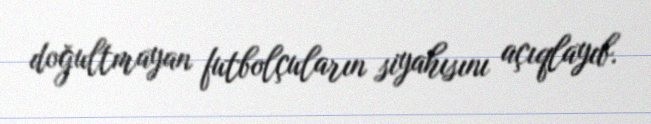
doğultmayan futbolçuların siyahısını açıqlayıb.